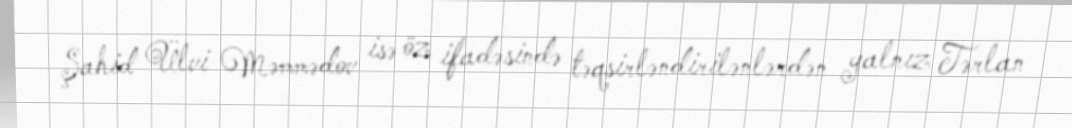
Şahid Ülvi Məmmədov isə öz ifadəsində təqsirləndirilənlərdən yalnız Tərlan